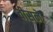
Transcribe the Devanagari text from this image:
वीसने